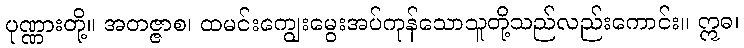
ပုဏ္ဏားတို့။ အတဇ္ဇာစ၊ ထမင်းကျွေးမွေးအပ်ကုန်သောသူတို့သည်လည်းကောင်း။ ဣဓ၊